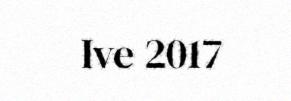
Ive 2017